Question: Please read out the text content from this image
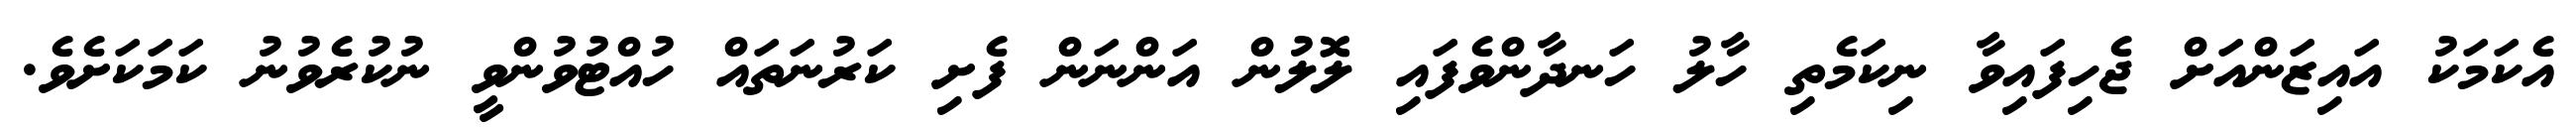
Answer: އެކަމަކު އައިޒަންއަށް ޖެހިފައިވާ ނިކަމެތި ހާލު ހަނދާންވެފައި ލޮލުން އަންނަން ފެށި ކަރުނަތައް ހުއްޓުވުންވީ ނުކުރެވުނު ކަމަކަށެވެ.